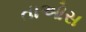
તાઓસ